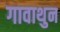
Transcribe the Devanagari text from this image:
गावाथुन